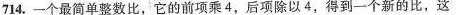
714.一个最简单整数比，它的前项乘4，后项除以4，得到一个新的比，这